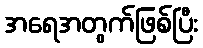
အရေအတွက်ဖြစ်ပြီး